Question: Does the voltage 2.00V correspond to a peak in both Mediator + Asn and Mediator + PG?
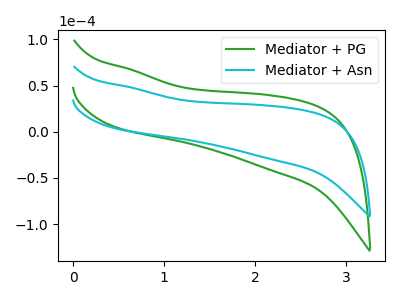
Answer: <think>The green curve "Mediator + PG" has no peaks. The cyan curve "Mediator + Asn" has no peaks.</think>
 <answer>No, "Mediator + Asn" and "Mediator + PG" dont share a peak at 2.00V.</answer>
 <eval>mismatch</eval>